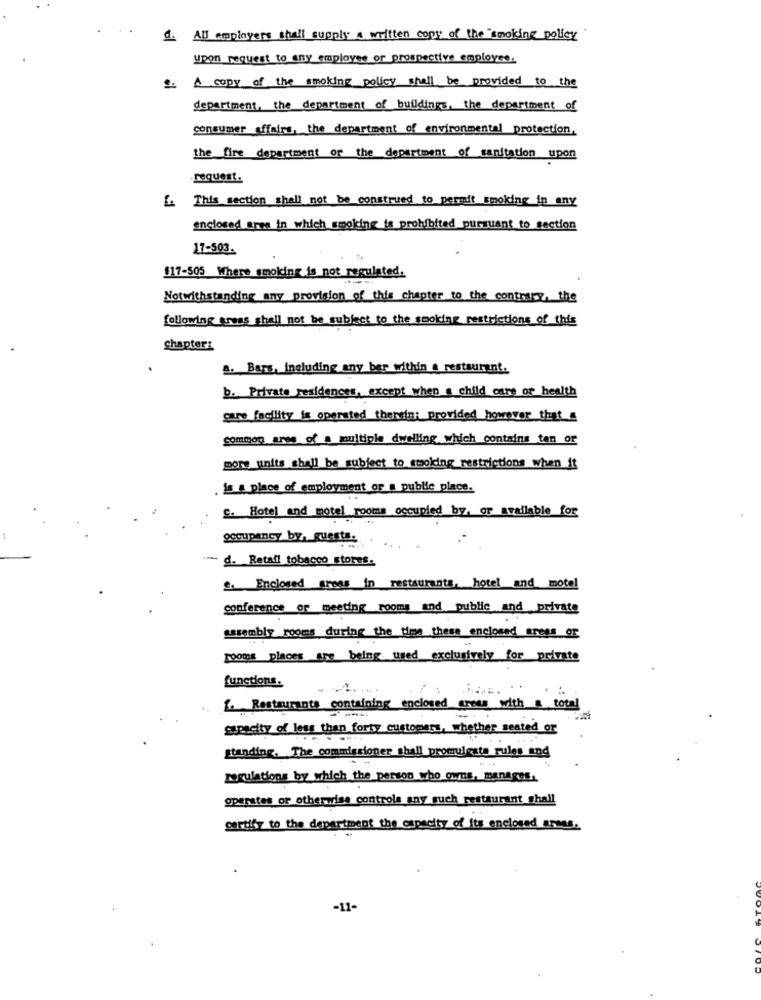
4. AUJ employers shall supply a written copy of the smoking policy
Upon request to any employee or prospective employee.
A copy of the smoking policy shall be provided to the
department, the department of buildings, the department of
consumer affairs, the department of environmental protection,
thefire department of the department of sanitation upon
request.
E. This section shall not be construed to permit smoking in any
enclosed area in which smoking is prohibited pursuant to section
17-503.
$17-505 Where smoking is not regulated.
---
Notwithstanding any provision of this chapter to the contrary, the
following areas shall not be subject to the smoking restrictions of this
chapter:
a. Bars, including any ber within a restaurant.
b. Private residences, except when a child care of health
cure facility is operated therein; provided however that_a
common ares of a multiple dwelling which contains ten or
more units shall be subject to smoking restrictions when it
is a place of employment or a public place.
c. Hotel and motel rooms occupied by, or available for
occupancy by, guests.
- d. Retail tobacco stores.
fffffffed fons in restaurants hotel and mota
conference or meeting rooms and public and private
assembly rooms during the time these enclosed aress_or
rooms places are being used exclusively for private
functions.
..
1. Restaurants containing enclosed cross with a total
gaspacity of less than forty customers, whether seated or
standing. The commissioner shall promulesta rules and
regulations by which the person who owns, manages,
operates or otherwise controls any such restaurant shall
certify to the department the capacity of its enclosed arous.
-11-